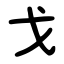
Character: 戈